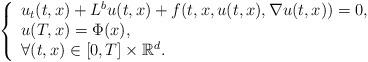
LaTeX: \begin{align*}\left\{\begin{array}{ll}u_t(t,x) +L^b u (t,x) + f(t,x,u(t,x), \nabla u(t,x))=0, \\u(T,x)=\Phi(x),\\\forall (t, x)\in[0,T] \times \mathbb R^d.\end{array}\right.\end{align*}